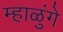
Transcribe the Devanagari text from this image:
म्हाळुंगे